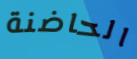
الحاضنة